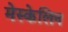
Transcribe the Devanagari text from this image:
मेस्केलिन